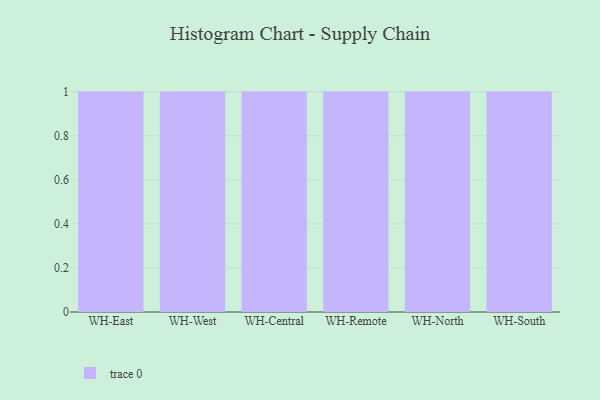
{"axis": {"x": "Warehouse", "y": "Temperature (°C)"}, "legend": [""], "data": [{"x": "WH-East", "y": 6, "type": ""}, {"x": "WH-West", "y": 76, "type": ""}, {"x": "WH-Central", "y": 48, "type": ""}, {"x": "WH-Remote", "y": 60, "type": ""}, {"x": "WH-North", "y": 38, "type": ""}, {"x": "WH-South", "y": 27, "type": ""}]}